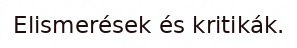
Elismerések és kritikák.